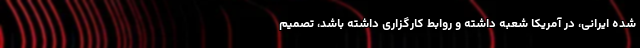
شده ایرانی، در آمریکا شعبه داشته و روابط کارگزاری داشته باشد، تصمیم